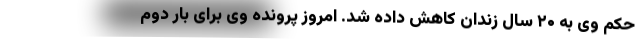
حکم وی به ۲۰ سال زندان کاهش داده شد. امروز پرونده وی برای بار دوم